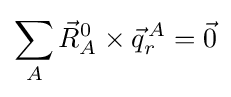
\sum _{A}{\vec {R}}_{A}^{0}\times {\vec {q}}_{r}^{\,A}={\vec {0}}